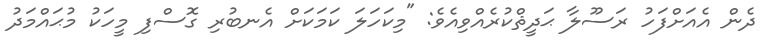
ދެން އެއަށްފަހު ރަސޫލާ ޙަދީޘްކުރެއްވިއެވެ: "މިކަހަލަ ކަމަކަށް އެނބުރި ގޮސްފި މީހަކު މުޙައްމަދު